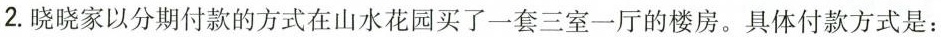
2.晓晓家以分期付款的方式在山水花园买了一套三室一厅的楼房。具体付款方式是：